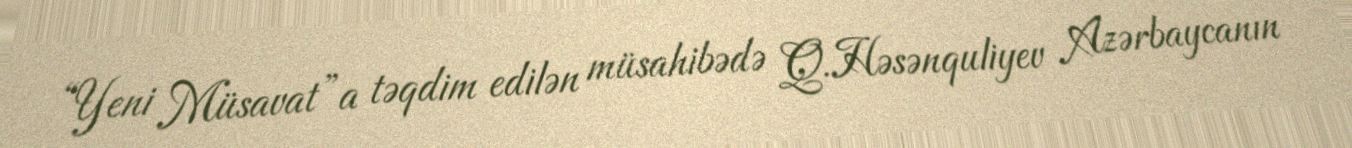
“Yeni Müsavat”a təqdim edilən müsahibədə Q.Həsənquliyev Azərbaycanın